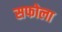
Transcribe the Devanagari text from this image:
सफोला